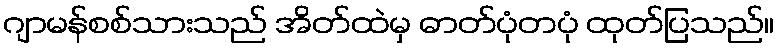
ဂျာမန်စစ်သားသည် အိတ်ထဲမှ ဓာတ်ပုံတပုံ ထုတ်ပြသည်။